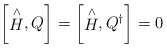
\begin{align*}\left[\stackrel{\wedge }{H},Q\right] =\left[\stackrel{\wedge }{H},Q^{\dagger }\right] =0\end{align*}